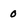
Character: 0